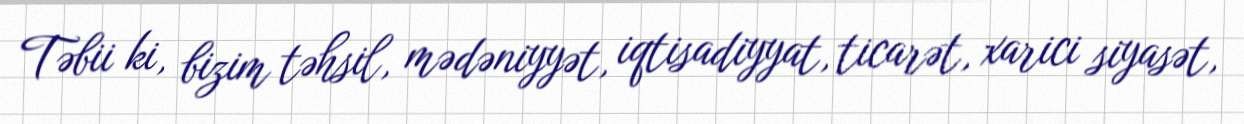
Təbii ki, bizim təhsil, mədəniyyət, iqtisadiyyat, ticarət, xarici siyasət,